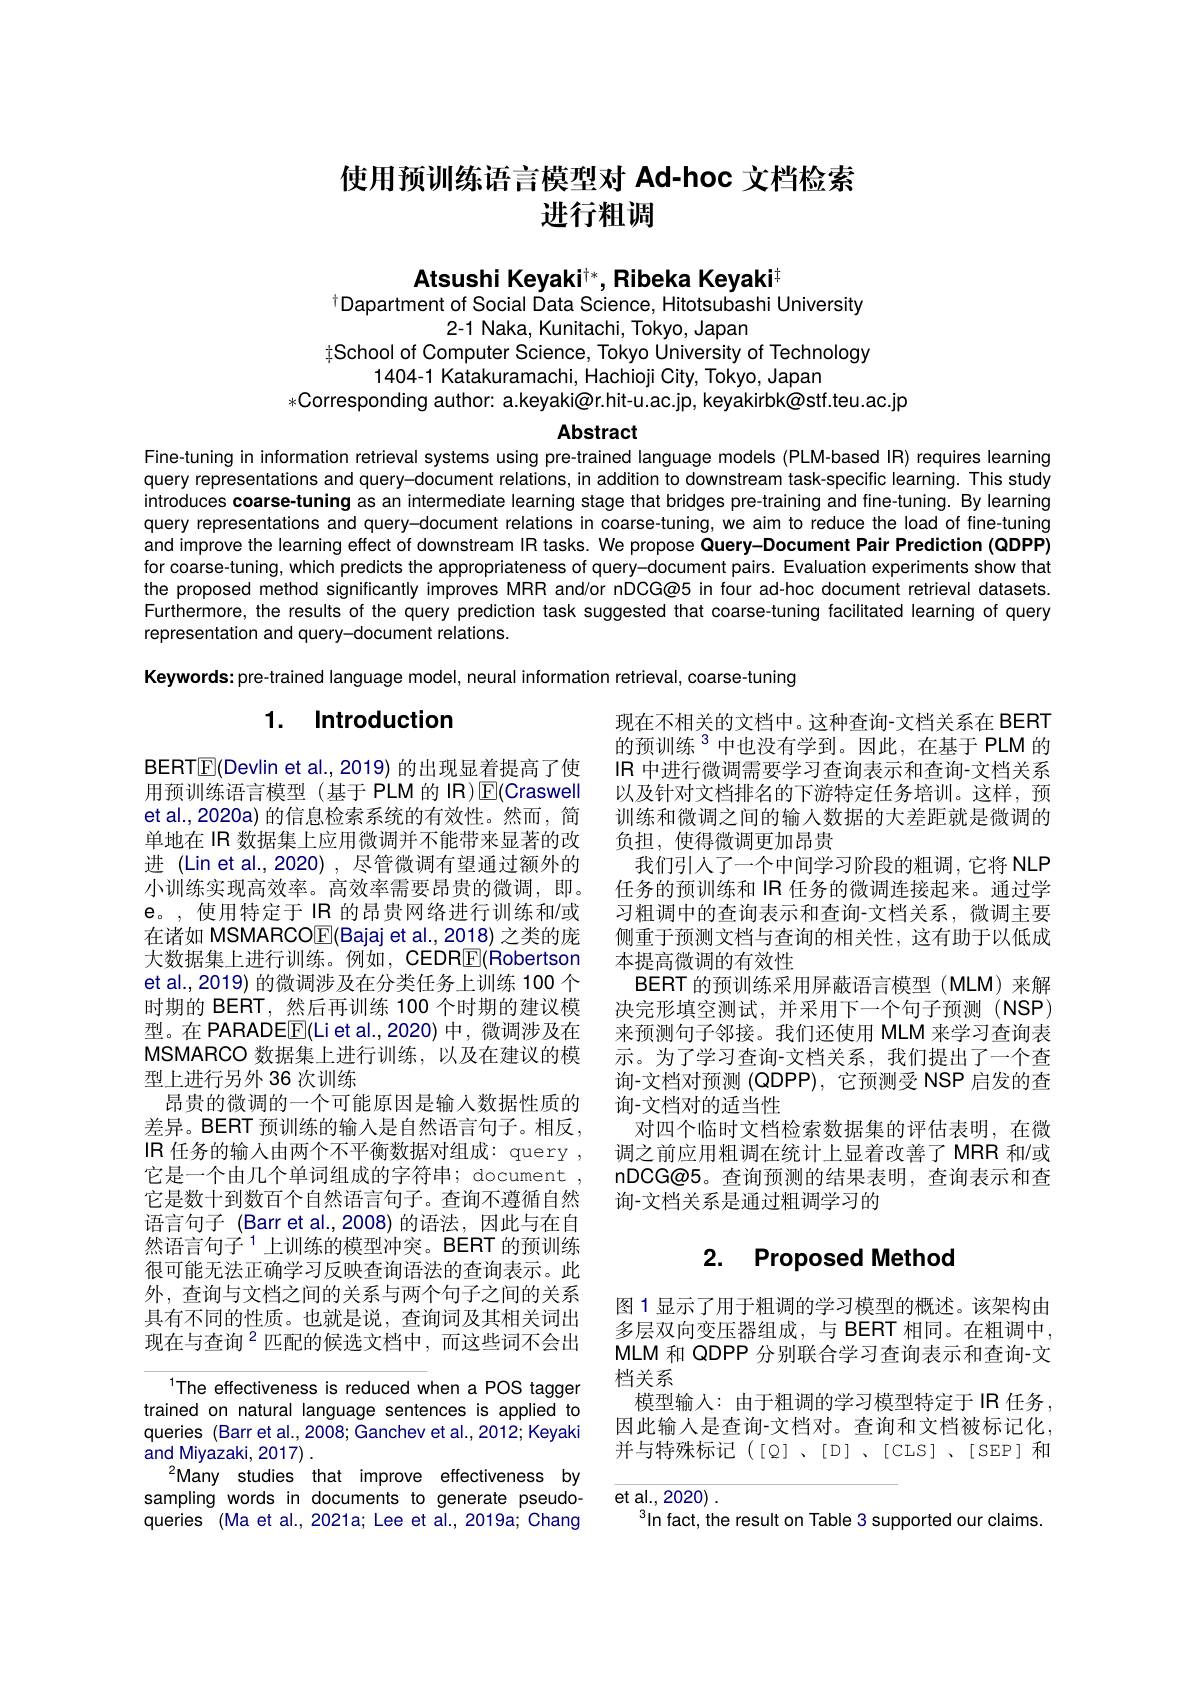
# 使用预训练语言模型对 Ad-hoc 文档检索进行粗调

Atsushi Keyaki$^{\dagger*}$,Ribeka Keyaki$^{\dagger}$

$^{\dagger}$Dapartment of Social Data Science, Hitotsubashi University
2-1 Naka, Kunitachi, Tokyo, Japan
$\ddagger$School of Computer Science, Tokyo University of Technology
1404-1 Katakuramachi, Hachioji City, Tokyo, Japan
*Corresponding author: a.keyaki@r.hit-u.ac.jp, keyakirbk@stf.teu.ac.jp

Abstract

Fine-tuning in information retrieval systems using pre-trained language models (PLM-based IR) requires learning query representations and query-document relations, in addition to downstream task-specific learning. This study introduces coarse-tuning as an intermediate learning stage that bridges pre-training and fine-tuning. By learning query representations and query-document relations in coarse-tuning, we aim to reduce the load of fine-tuning and improve the learning effect of downstream IR tasks. We propose Query-Document Pair Prediction (QDPP) for coarse-tuning, which predicts the appropriateness of query-document pairs. Evaluation experiments show that the proposed method significantly improves MRR and/or nDCG@5 in four ad-hoc document retrieval datasets. Furthermore, the results of the query prediction task suggested that coarse-tuning facilitated learning of query representation and query-document relations.
Keywords: pre-trained language model, neural information retrieval, coarse-tuning

# 1. Introduction

现在不相关的文档中。这种查询-文档关系在 BERT 的预训练$^{3}$中也没有学到。因此，在基于 PLM 的IR 中进行微调需要学习查询表示和查询-文档关系以及针对文档排名的下游特定任务培训。这样，预训练和微调之间的输入数据的大差距就是微调的负担，使得微调更加昂贵
我们引人了一个中间学习阶段的粗调，它将 NLP 任务的预训练和 IR 任务的微调连接起来。通过学习粗调中的查询表示和查询-文档关系，微调主要侧重于预测文档与查询的相关性，这有助于以低成本提高微调的有效性
BERT 的预训练采用屏蔽语言模型(MLM)来解决完形填空测试，并采用下一个句子预测(NSP) 来预测句子邻接。我们还使用 MLM 来学习查询表示。为了学习查询-文档关系，我们提出了一个查询-文档对预测(QDPP),它预测受 NSP 启发的查询-文档对的适当性
对四个临时文档检索数据集的评估表明，在微调之前应用粗调在统计上显着改善了 MRR 和/或nDCG@5。查询预测的结果表明，查询表示和查询-文档关系是通过粗调学习的

BERT$\underline{\mathrm{E}}($Devlin et al., 2019) 的出现显着提高了使用预训练语言模型(基于PLM的IR)$\operatorname{E}($Craswell et al., 2020a) 的信息检索系统的有效性。然而，简单地在 IR 数据集上应用微调并不能带来显著的改进 (Lin et al.,2020) , 尽管微调有望通过额外的小训练实现高效率。高效率需要昂贵的微调，即。e。,使用特定于IR的昂贵网络进行训练和/或在诸如 MSMARCO$\boxed{\mathrm{F}}($Bajaj et al., 2018) 之类的庞大数据集上进行训练。例如，CEDR$\overline{\mathrm{F}}($Robertson et al.,2019) 的微调涉及在分类任务上训练 100 个时期的 BERT,然后再训练 100 个时期的建议模型。在 PARADE$\underline{\mathrm{F}}($Li et al.,2020)中，微调涉及在MSMARCO 数据集上进行训练，以及在建议的模型上进行另外 36 次训练
昂贵的微调的一个可能原因是输入数据性质的差异。BERT 预训练的输入是自然语言句子。相反， $|\mathbb{R}$任务的输入由两个不平衡数据对组成：query , 它是一个由几个单词组成的字符串；document , 它是数十到数百个自然语言句子。查询不遵循自然语言句子 (Barr et al.,2008)的语法，因此与在自然语言句子$^{1}$上训练的模型冲突。BERT 的预训练很可能无法正确学习反映查询语法的查询表示。此外，查询与文档之间的关系与两个句子之间的关系具有不同的性质。也就是说，查询词及其相关词出现在与查询$^{2}$匹配的候选文档中，而这些词不会出

## 2. Proposed Method

图 1 显示了用于粗调的学习模型的概述。该架构由多层双向变压器组成，与 BERT 相同。在粗调中， MLM 和 QDPP 分别联合学习查询表示和查询-文档关系
模型输入：由于粗调的学习模型特定于 IR 任务因此输入是查询-文档对。查询和文档被标记化， 并与特殊标记([Q]、[D]、[CIS]、[SEP]和

The effectiveness is reduced when a POS tagger trained on natural language sentences is applied to queries (Barr et al.,2008; Ganchev et al.,2012; Keyaki and Miyazaki, 2017)
Many studies that improve effectiveness by sampling words in documents to generate pseudoqueries (Ma et al., 2021a; Lee et al., 2019a; Chang

et al., 2020)
$^{3}$In fact, the result on Table 3 supported our claims.